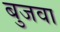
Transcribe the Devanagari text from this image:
बुजवा